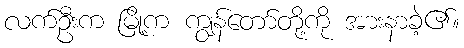
လက်ဦးက မြို့က ကျွန်တော်တို့ကို အားနာခဲ့၏။